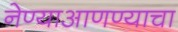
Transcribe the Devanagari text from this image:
नेण्याआणण्याचा